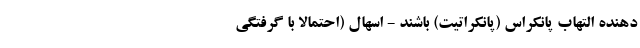
دهنده التهاب پانکراس (پانکراتیت) باشند - اسهال (احتمالا با گرفتگی